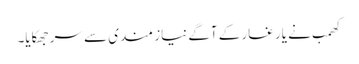
کھمب نے یار غار کے آگے نیاز مندی سے سر جھکایا۔